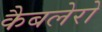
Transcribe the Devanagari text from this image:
कैबलेरो